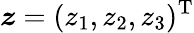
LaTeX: \boldsymbol{z}=(z_{1},z_{2},z_{3})^{\textrm{T}}